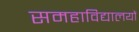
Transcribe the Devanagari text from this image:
समहाविद्यालयों